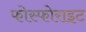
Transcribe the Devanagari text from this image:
फोस्फोराइट